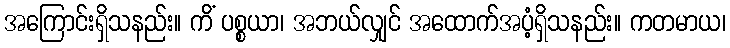
အကြောင်းရှိသနည်း။ ကိံ ပစ္စယာ၊ အဘယ်လျှင် အထောက်အပံ့ရှိသနည်း။ ကတမာယ၊